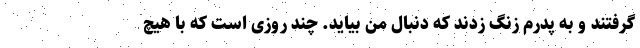
گرفتند و به پدرم زنگ زدند که دنبال من بیاید. چند روزی است که با هیچ